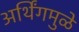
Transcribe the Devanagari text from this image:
अर्थिंगमुळे